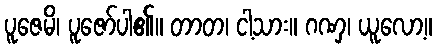
ပူဇေမိ၊ ပူဇော်ပါ၏။ တာတ၊ ငါ့သား။ ဂဏှ၊ ယူလော့။